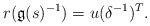
LaTeX: \begin{align*}r(\mathfrak{g}(s)^{-1})=u(\delta^{-1})^T.\end{align*}